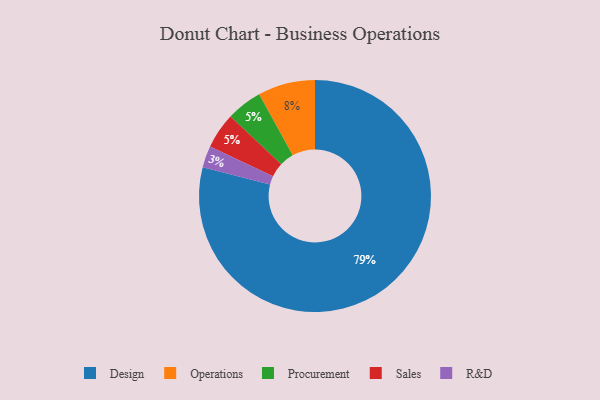
{"axis": {"x": "Category", "y": "Percentage"}, "legend": ["Design", "Operations", "Procurement", "R&D", "Sales"], "data": [{"x": "R&D", "y": 3, "type": "R&D"}, {"x": "Procurement", "y": 5, "type": "Procurement"}, {"x": "Sales", "y": 5, "type": "Sales"}, {"x": "Design", "y": 79, "type": "Design"}, {"x": "Operations", "y": 8, "type": "Operations"}]}